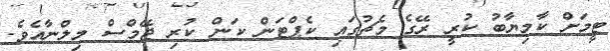
ޓީމަށް ކާމިޔާބު ކުރީ ރޭގެ މެޗުގައި ކެޕްޓަން ކަން ކުރި ޖޭމްސް މިލްނާއެވެ.